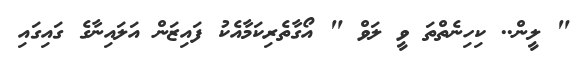
" ލީން.. ކިހިނެތްތަ ވީ ލަވް " އޯގާތެރިކަމާއެކު ފައިޒަން އަލައިނާގެ ގައިގައި